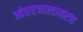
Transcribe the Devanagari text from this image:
आंतरजालावरच